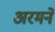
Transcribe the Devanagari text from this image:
अरमने